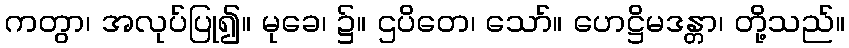
ကတွာ၊ အလုပ်ပြု၍။ မုခေ၊ ၌။ ဌပိတေ၊ သော်။ ဟေဋ္ဌိမဒန္တာ၊ တို့သည်။